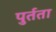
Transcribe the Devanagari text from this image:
पुर्तता